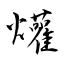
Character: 爟